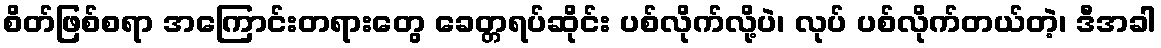
စိတ်ဖြစ်စရာ အကြောင်းတရားတွေ ခေတ္တရပ်ဆိုင်း ပစ်လိုက်လို့ပဲ၊ လုပ် ပစ်လိုက်တယ်တဲ့၊ ဒီအခါ